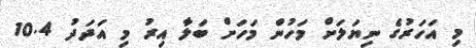
މި އަހަރުގެ ނިޔަލަށް މަހުން މަހަށް ބަލާ އިރު މި އަދަދު 10.4